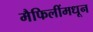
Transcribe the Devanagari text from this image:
मैफिलींमधून